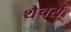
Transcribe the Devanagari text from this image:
थैचर्स